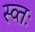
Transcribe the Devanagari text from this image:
स्व्तः